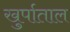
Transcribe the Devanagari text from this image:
खुर्पाताल